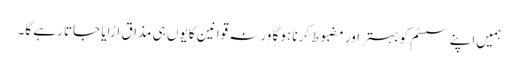
ہمیں‌اپنے سسٹم کو بہتر اور مضبوط کرنا ہوگا ورنہ قوانین کا یوں ہی مذاق اڑایا جاتا رہے گا۔